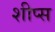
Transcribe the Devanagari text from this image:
शीप्स